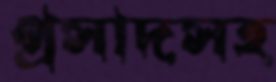
প্রসাদসহ